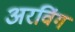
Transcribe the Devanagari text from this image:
अरविंग